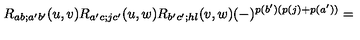
R _ { a b ; a ^ { \prime } b ^ { \prime } } ( u , v ) R _ { a ^ { \prime } c ; j c ^ { \prime } } ( u , w ) R _ { b ^ { \prime } c ^ { \prime } ; h l } ( v , w ) ( - ) ^ { p ( b ^ { \prime } ) ( p ( j ) + p ( a ^ { \prime } ) ) } =